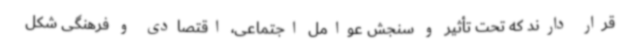
قرار دارند که تحت تأثیر و سنجش عوامل اجتماعی، اقتصادی و فرهنگی شکل